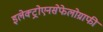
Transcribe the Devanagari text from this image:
इलेक्ट्रोएनसेफेलोग्राफी